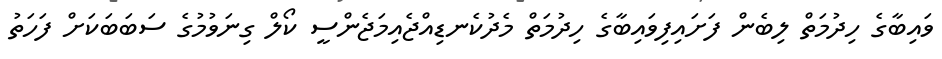
ވައިބާގެ ހިދުމަތް ލިބެން ފަށައިފިވައިބާގެ ހިދުމަތް މެދުކެނޑިއްޖެއިމަޖެންސީ ކޯލް ގިނަވުމުގެ ސަބަބަކަށް ފަހަތު